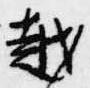
越